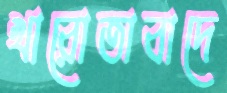
খারোতাবাদে